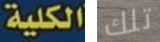
الكلية تلك